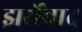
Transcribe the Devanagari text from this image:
झर्रोवाद